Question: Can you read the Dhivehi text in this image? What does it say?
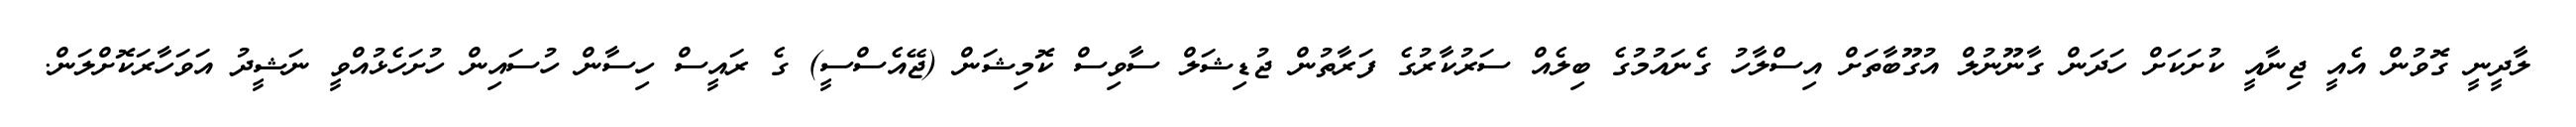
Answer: ލާދީނީ ގޮވުން އެއީ ޖިނާއީ ކުށަކަށް ހަދަން ގާނޫނުލް އުގޫބާތަށް އިސްލާހު ގެނައުމުގެ ބިލެއް ސަރުކާރުގެ ފަރާތުން ޖުޑިޝަލް ސާވިސް ކޮމިޝަން (ޖޭއެސްސީ) ގެ ރައީސް ހިސާން ހުސައިން ހުށަހެޅުއްވީ ނަޝީދު އަވަހާރަކޮށްލަން.